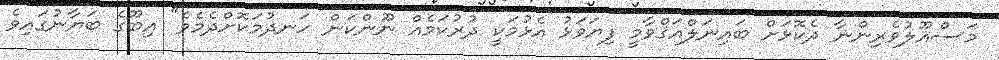
މަސްއޫލުވެރިންނާ ދެކޮޅަށް ބައިނަލްއަޤްވާމީ ފިޔަވަޅު އެޅުމަކީ ދުރުކަމެއް ނޫންކަން ހަނދުމަކޮށްދެމެވެ" އިބޫގެ ބަޔާނުގައިވެ